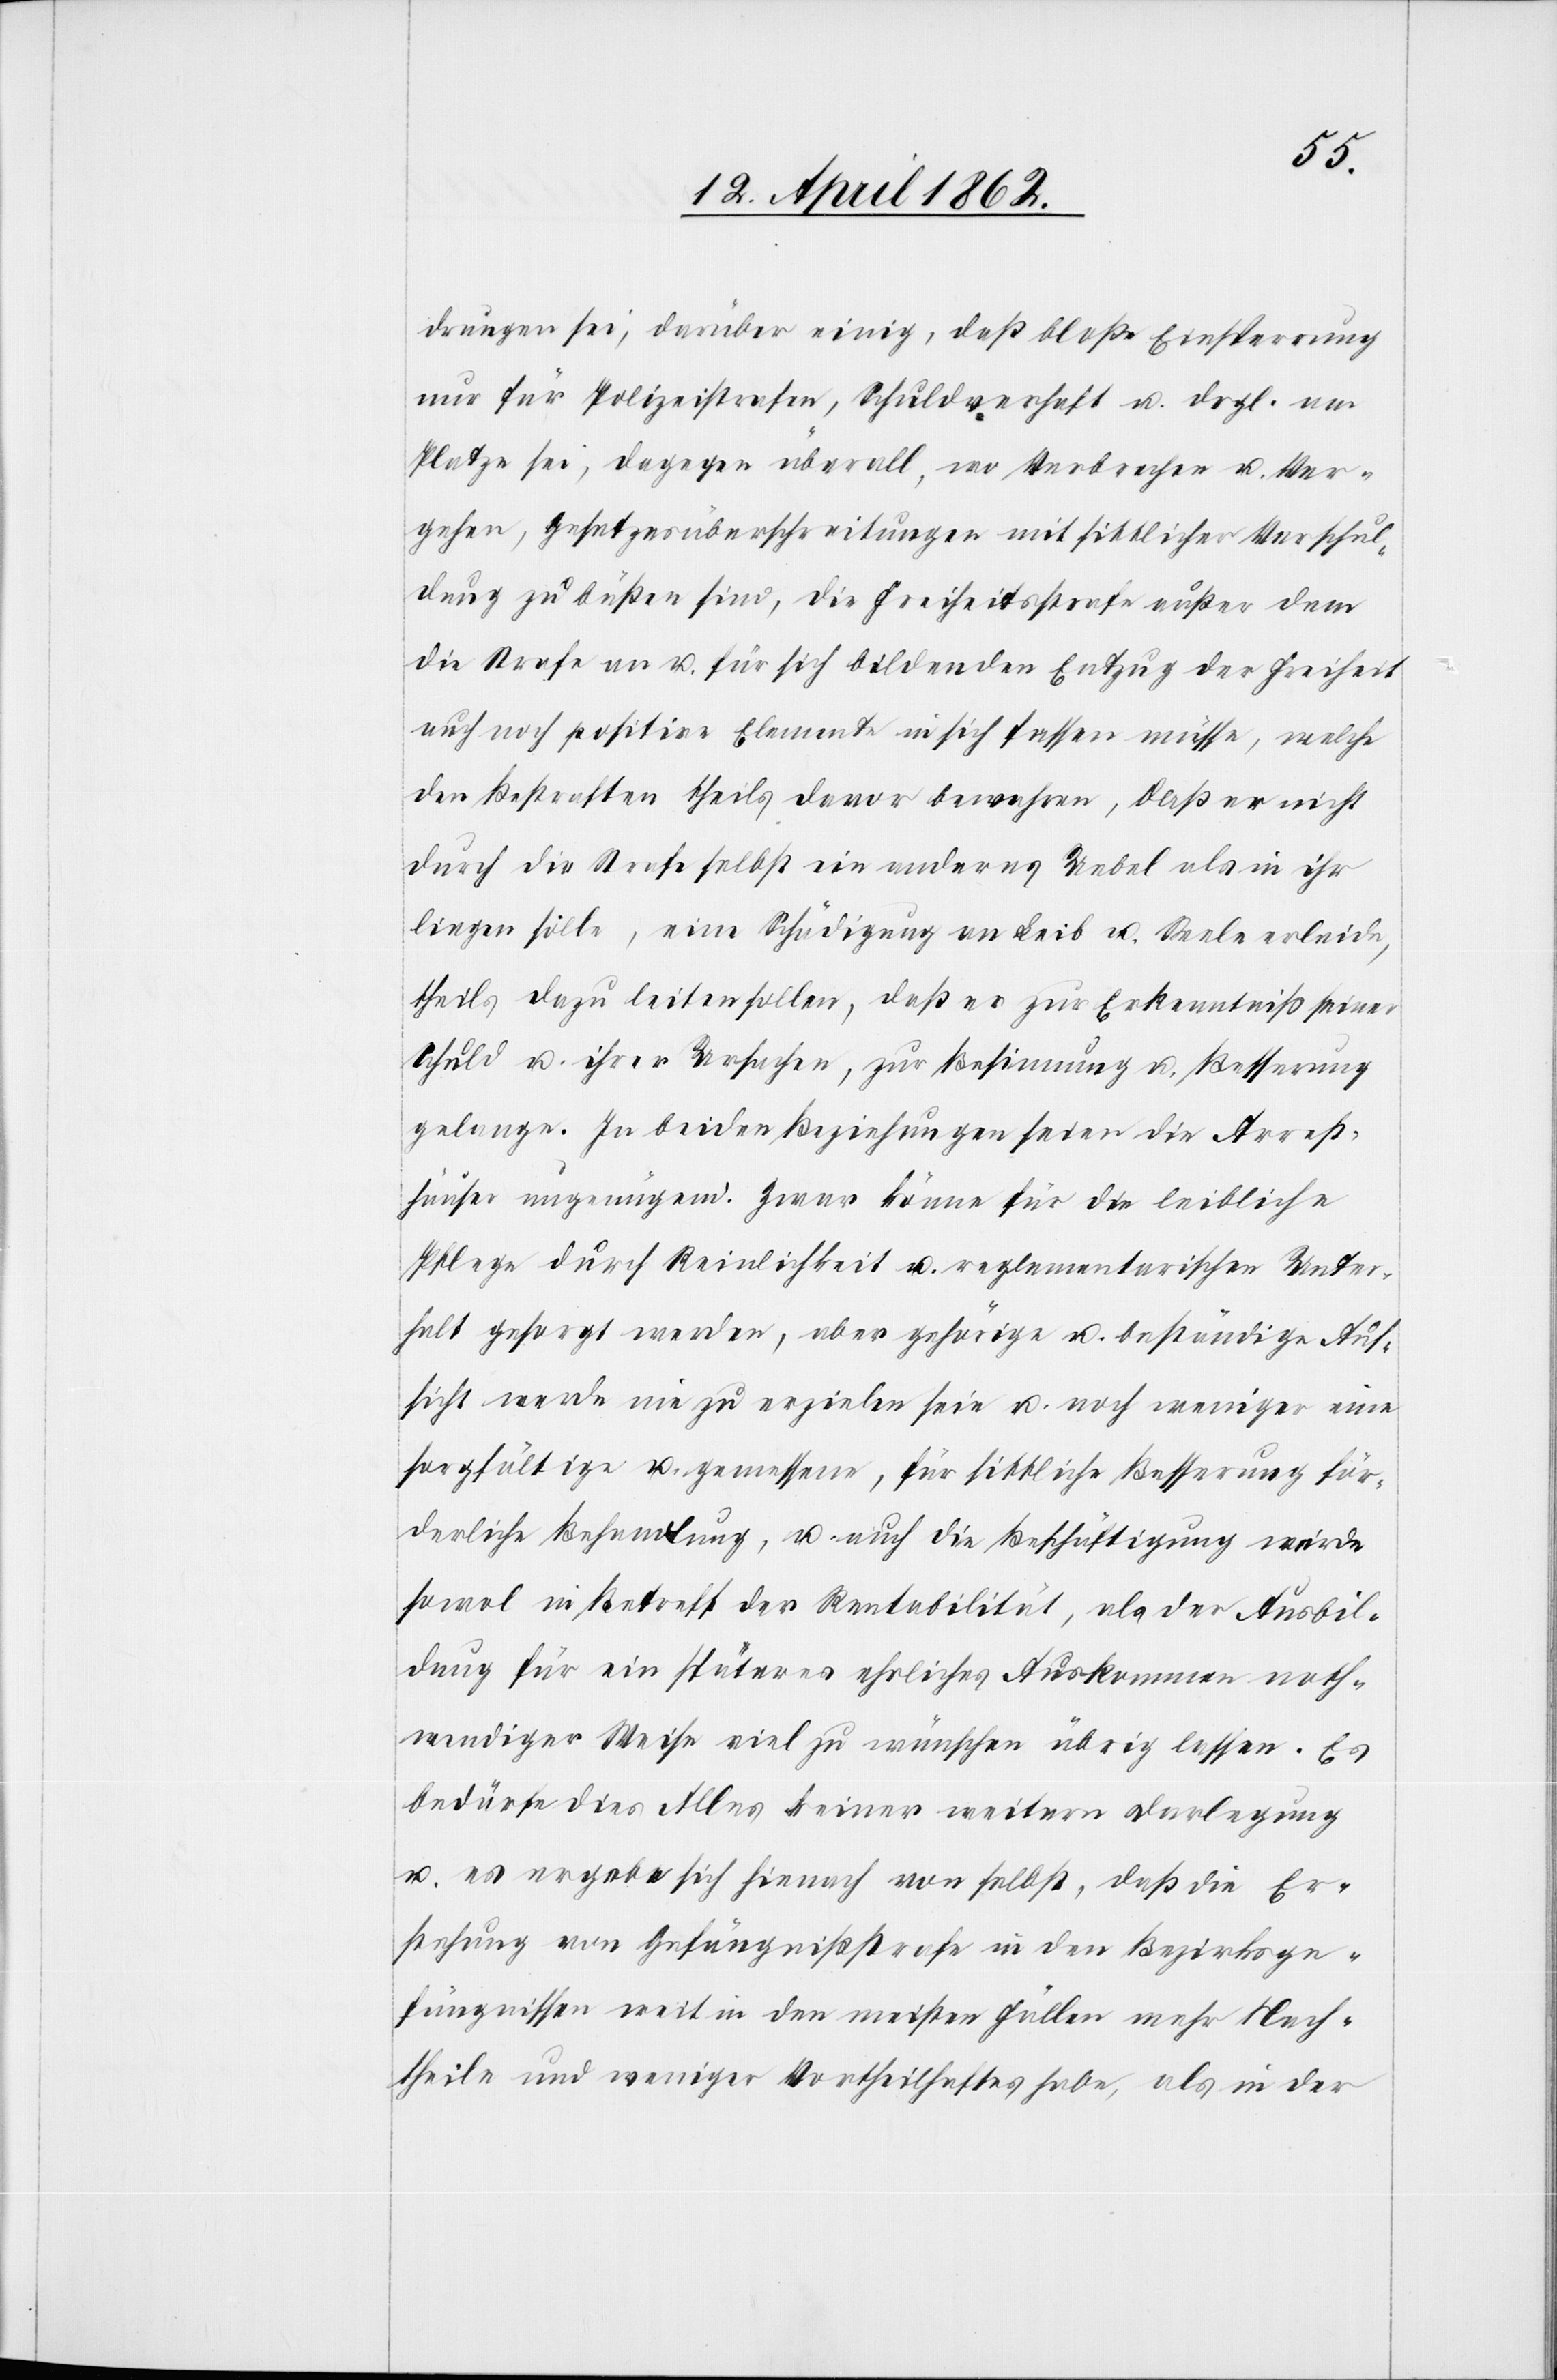
drungen sei, darüber einig, daß bloße Einsperrung
nur für Polizeistrafen, Schuldverhaft u. dsgl. am
Platze sei, dagegen überall, wo Verbrecher u. Ver¬
gehen, Gesetzesüberschreitungen mit sittlicher Verschul¬
dung zu büßen sind, die Freiheitsstrafe außer dem
die Strafe an u. für sich bildenden Entzug der Freiheit
auch noch positive Elemente in sich fassen müsse, welche
den Bestraften theils davor bewahren, daß er nicht
durch die Strafe selbst ein anderes Uebel als in ihr
liegen solle, eine Schädigung an Leib u. Seele erleide,
theils dazu leiten sollen, daß er zur Erkenntniß seiner
Schuld u. ihrer Ursachen, zur Bestimmung u. Besserung
gelange. In beiden Beziehungen seien die Arrest¬
häuser ungenügend. Zwar könne für die leibliche
Pflege durch Reinlichkeit u. reglementarischen Unter¬
halt gesorgt werden, aber gehörige u. beständige Auf¬
sicht werde nie zu erzielen sein u. noch weniger eine
sorgfältige u. gemessene, für sittliche Besserung för¬
derliche Behandlung, u. auch die Beschäftigung würde
sowol in Betreff der Rentabilität, als der Ausbil¬
dung für ein späteres ehrliches Auskommen noth¬
wendiger Weise viel zu wünschen übrig lassen. Es
bedürfe dies Alles keiner weitern Darlegung
u. es ergebe sich hienach von selbst, daß die Er¬
stehung von Gefängnißstrafe in den Bezirksge¬
fängnissen weit in den meisten Fällen mehr Nach¬
theile und weniger Vortheilhaftes habe, als in der